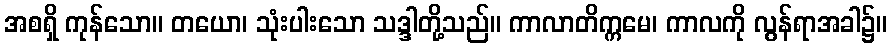
အစရှိ ကုန်သော။ တယော၊ သုံးပါးသော သဒ္ဒါတို့သည်။ ကာလာတိက္ကမေ၊ ကာလကို လွန်ရာအခါ၌။